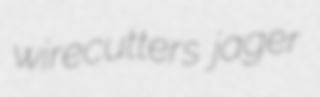
wirecutters jager